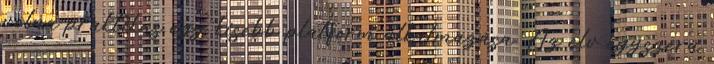
volna praktikus egy kisebb platform alkalmazása. Az elv egyszerű